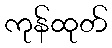
ကုန်ထုတ်